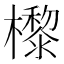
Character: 㰀